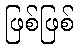
ဖြစ်ဖြစ်